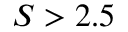
S > 2 . 5